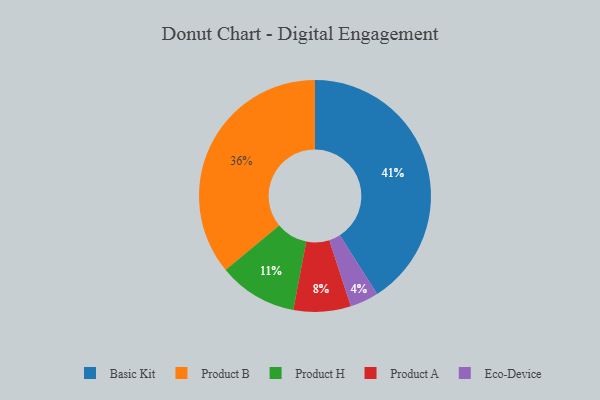
{"axis": {"x": "Category", "y": "Percentage"}, "legend": ["Basic Kit", "Eco-Device", "Product A", "Product B", "Product H"], "data": [{"x": "Product H", "y": 11, "type": "Product H"}, {"x": "Product A", "y": 8, "type": "Product A"}, {"x": "Basic Kit", "y": 41, "type": "Basic Kit"}, {"x": "Product B", "y": 36, "type": "Product B"}, {"x": "Eco-Device", "y": 4, "type": "Eco-Device"}]}